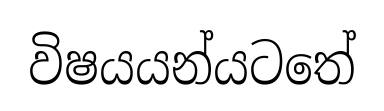
විෂයයන්යටතේ